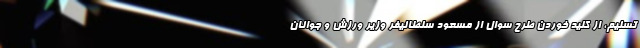
تسنیم، از کلید خوردن طرح سوال از مسعود سلطانیفر وزیر ورزش و جوانان